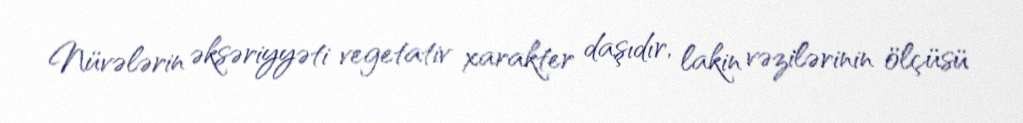
Nüvələrin əksəriyyəti vegetativ xarakter daşıdır, lakin vəzilərinin ölçüsü